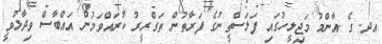
އދ. ގެ އާންމު މަޖިލީހުގައި ފަލަސްތީނުގެ ފަރާތުން ތަގްރީރު ކުރައްވަމުން އައްބާސް ވިދާޅުވީ